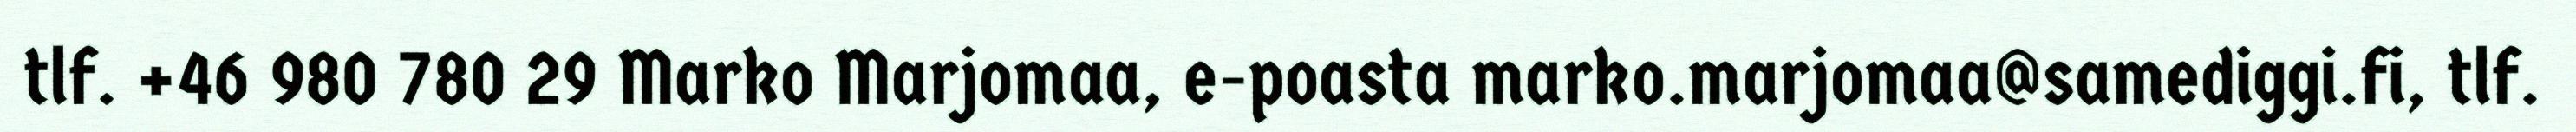
tlf. +46 980 780 29 Marko Marjomaa, e-poasta marko.marjomaa@samediggi.fi, tlf.